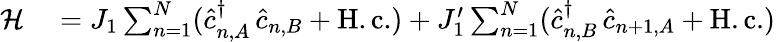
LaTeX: \begin{array}{rl}{\mathcal{H}}&{{}=J_{1}\sum_{n=1}^{N}(\hat{c}_{n,A}^{\dagger}\, \hat{c}_{n,B}+\mathrm{H.c.})+J_{1}^{\prime}\sum_{n=1}^{N}(\hat{c}_{n,B}^{\dagger}\, \hat{c}_{n+1,A}+\mathrm{H.c.})}\end{array}